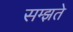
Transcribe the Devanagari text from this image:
सम्झते